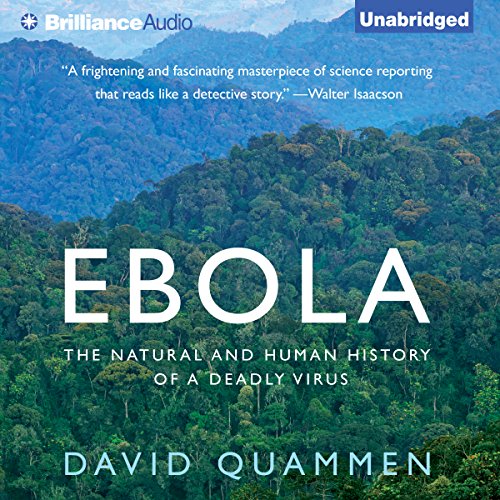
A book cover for Ebola: The Natural and Human History of a Deadly; David Quammen; Medical Books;